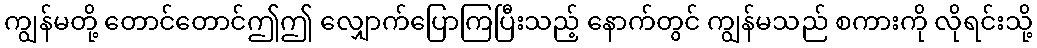
ကျွန်မတို့ တောင်တောင်ဤဤ လျှောက်ပြောကြပြီးသည့် နောက်တွင် ကျွန်မသည် စကားကို လိုရင်းသို့